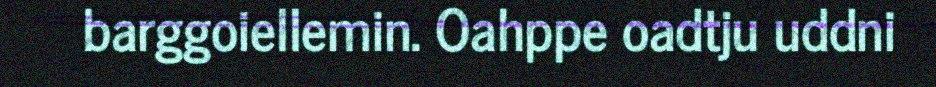
barggoiellemin. Oahppe oadtju uddni